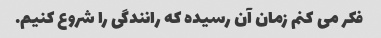
فکر می کنم زمان آن رسیده که رانندگی را شروع کنیم.